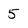
Character: 5